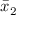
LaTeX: { \bar { x } } _ { 2 }